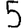
Digit: 5